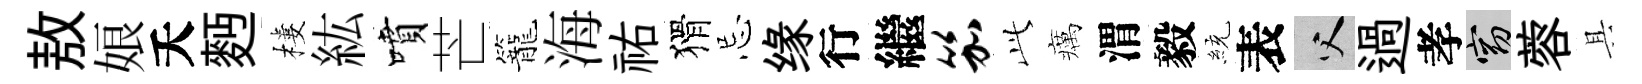
敖娘夭麪樓紘噴芒籠海祐猾忌缘行繼笳𬼘癘渭毅統表父過孝窈蓉具